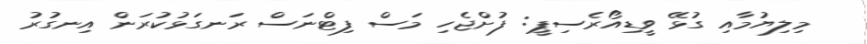
މިލިޔުމާއި ގުޅޭ ވީޑިއޯރެސިޕީ: ފުށްޖެހި މަސް ފިޓްނަސް ރަނގަޅުކުރަން އިނގުރު